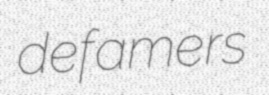
defamers